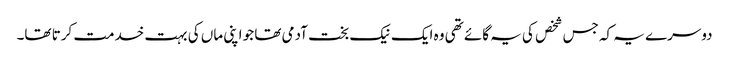
دوسرے یہ کہ جس شخص کی یہ گائے تھی وہ ایک نیک بخت آدمی تھا جو اپنی ماں کی بہت خدمت کرتا تھا۔